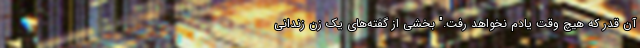
آن قدر که هیچ وقت یادم نخواهد رفت." بخشی از گفته‌های یک زن زندانی